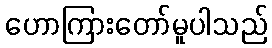
ဟောကြားတော်မူပါသည်